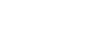
တစ်ခုသော